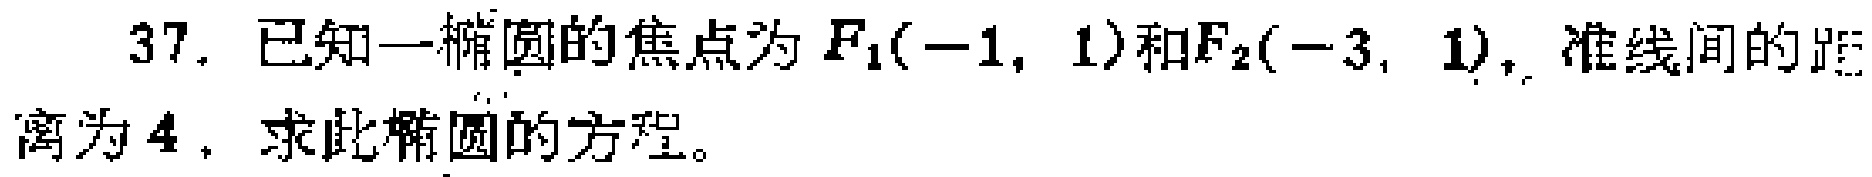
37. 已知一椭圆的焦点为$F_1(-1,1)$和$F_2(-3,1)$，准线间的距离为$4$，求此椭圆的方程。